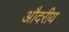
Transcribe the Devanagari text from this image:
औदरीय